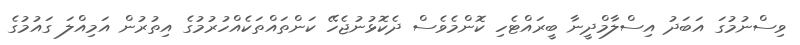
ވިސްނުމުގަ އަބަދު އިސްލާމްދީނާ ބީރައްޓެހި ކޮންމެވެސް ދެކޮޅުނުޖެހޭ ކަންތައްތަކެއްހުރުމުގެ އިތުރުން އަމިއްލަ ގައުމުގެ